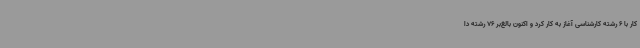
کار با 6 رشته کارشناسی آغاز به کار کرد و اکنون بالغ‌بر 76 رشته دا